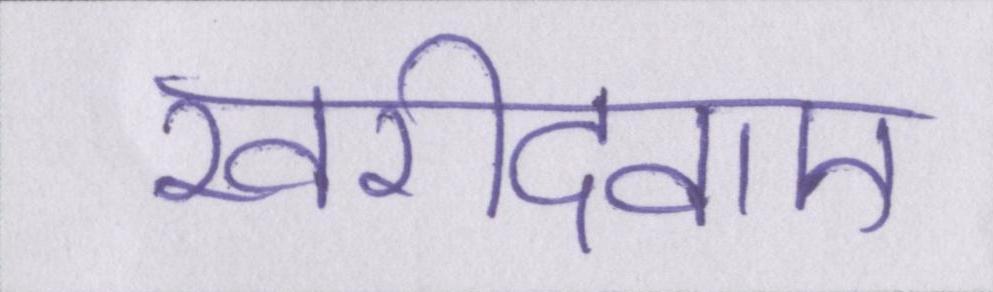
खरीदवाए